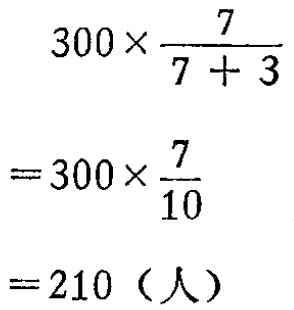
\[
\begin{align*}
&300\times\frac{7}{7 + 3}\\
=&300\times\frac{7}{10}\\
=&210（人）
\end{align*}
\]